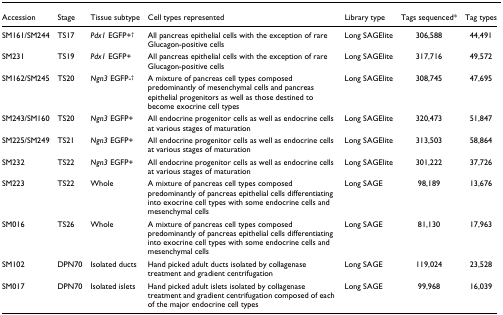
<table><thead><tr><td><b>Accession</b></td><td><b>Stage</b></td><td><b>Tissue subtype</b></td><td><b>Cell types represented</b></td><td><b>Library type</b></td><td><b>Tags sequenced*</b></td><td><b>Tag types</b></td></tr></thead><tbody><tr><td>SM161/SM244</td><td>TS17</td><td><i>Pdx1 </i>EGFP+<sup>†</sup></td><td>All pancreas epithelial cells with the exception of rare Glucagon-positive cells</td><td>Long SAGElite</td><td>306,588</td><td>44,491</td></tr><tr><td>SM231</td><td>TS19</td><td><i>Pdx1 </i>EGFP+</td><td>All pancreas epithelial cells with the exception of rare Glucagon-positive cells</td><td>Long SAGElite</td><td>317,716</td><td>49,572</td></tr><tr><td>SM162/SM245</td><td>TS20</td><td><i>Ngn3 </i>EGFP-<sup>†</sup></td><td>A mixture of pancreas cell types composed predominantly of mesenchymal cells and pancreas epithelial progenitors as well as those destined to become exocrine cell types</td><td>Long SAGElite</td><td>308,745</td><td>47,695</td></tr><tr><td>SM243/SM160</td><td>TS20</td><td><i>Ngn3 </i>EGFP+</td><td>All endocrine progenitor cells as well as endocrine cells at various stages of maturation</td><td>Long SAGElite</td><td>320,473</td><td>51,847</td></tr><tr><td>SM225/SM249</td><td>TS21</td><td><i>Ngn3 </i>EGFP+</td><td>All endocrine progenitor cells as well as endocrine cells at various stages of maturation</td><td>Long SAGElite</td><td>313,503</td><td>58,864</td></tr><tr><td>SM232</td><td>TS22</td><td><i>Ngn3 </i>EGFP+</td><td>All endocrine progenitor cells as well as endocrine cells at various stages of maturation</td><td>Long SAGElite</td><td>301,222</td><td>37,726</td></tr><tr><td>SM223</td><td>TS22</td><td>Whole</td><td>A mixture of pancreas cell types composed predominantly of pancreas epithelial cells differentiating into exocrine cell types with some endocrine cells and mesenchymal cells</td><td>Long SAGE</td><td>98,189</td><td>13,676</td></tr><tr><td>SM016</td><td>TS26</td><td>Whole</td><td>A mixture of pancreas cell types composed predominantly of pancreas epithelial cells differentiating into exocrine cell types with some endocrine cells and mesenchymal cells</td><td>Long SAGE</td><td>81,130</td><td>17,963</td></tr><tr><td>SM102</td><td>DPN70</td><td>Isolated ducts</td><td>Hand picked adult ducts isolated by collagenase treatment and gradient centrifugation</td><td>Long SAGE</td><td>119,024</td><td>23,528</td></tr><tr><td>SM017</td><td>DPN70</td><td>Isolated islets</td><td>Hand picked adult islets isolated by collagenase treatment and gradient centrifugation composed of each of the major endocrine cell types</td><td>Long SAGE</td><td>99,968</td><td>16,039</td></tr></tbody></table>